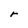
Character: r